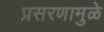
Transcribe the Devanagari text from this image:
प्रसरणामुळे